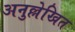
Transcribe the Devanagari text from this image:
अनुल्लेखित